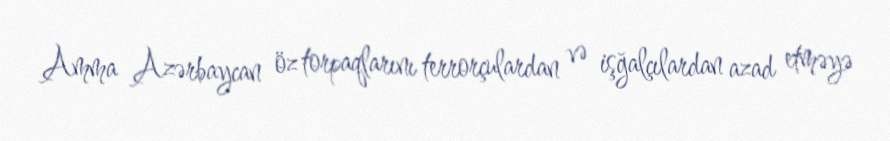
Amma Azərbaycan öz torpaqlarını terrorçulardan və işğalçılardan azad etməyə